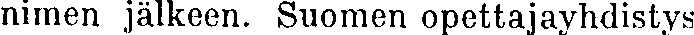
nimen jälkeen. Suomen opettajayhdistys